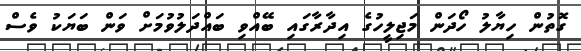
ގޮތުން ހިޔާލު ހޯދަން މަޖިލީހުގެ އިދާރާގައި ބޭއްވި ބައްދަލުވުމަށް ވަން ބަޔަކު ވެސް